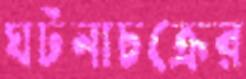
ঘটনাচক্রের